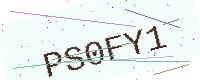
Text: PS0FY1